Civil Veterinary Department Bihar & Orissa reports 1911-21 - 1911-1921
Year: 1911
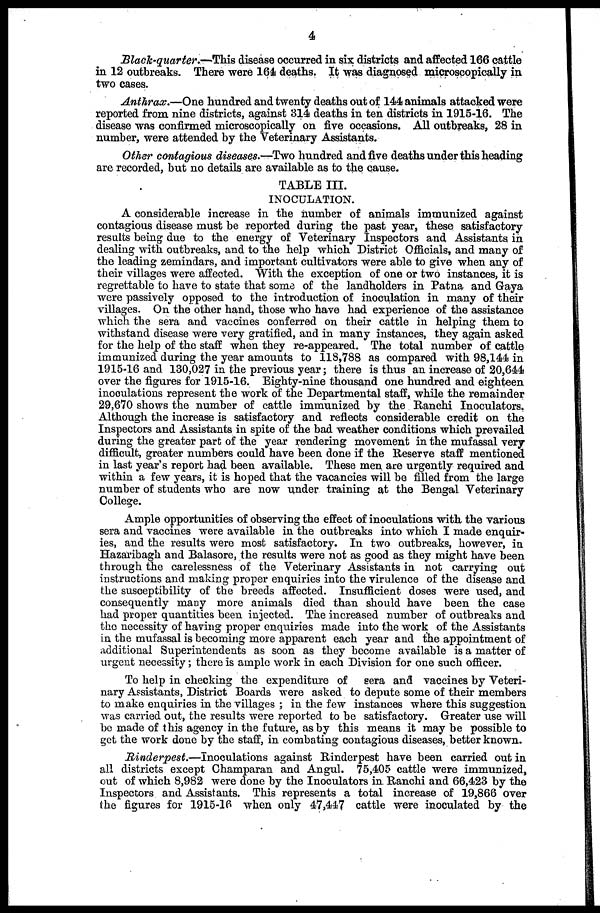
4
Black-quarter.—This
disease occurred in six districts and affected 166 cattle
in 12 outbreaks. There were 161 deaths. It was diagnosed microscopically in
two cases.
Anthrax.—One
hundred and twenty deaths out of 144 animals attacked were
reported from nine districts, against 314 deaths in ten districts in 1915-16. The
disease was confirmed microscopically on five occasions. All outbreaks, 28 in
number, were attended by the Veterinary Assistants.
Other contagious diseases.—Two hundred and five deaths under this heading
arc recorded, but no details are available as to the cause.
TABLE III.
INOCULATION.
A considerable increase in the number of animals immunized against
contagious disease must be reported during the past year, these satisfactory
results being due to the energy of Veterinary Inspectors and Assistants in
dealing with outbreaks, and to the help which District Officials, and many of
the leading zemindars, and important cultivators were able to give when any of
their villages were affected. With the exception of one or two instances, it is
regrettable to have to state that some of the landholders in Patna and Gaya
were passively opposed to the introduction of inoculation in many of their
villages. On the other hand, those who have had experience of the assistance
which the sera and vaccines conferred on their cattle in helping them to
withstand disease were very gratified, and in many instances, they again asked
for the help of the staff when they re-appeared. The total number of cattle
immunized during the year amounts to 118,788 as compared with 98,144 in
1915-16 and 130,027 in the previous year; there is thus an increase of 20,644
over the figures for 1915-16. Eighty-nine thousand one hundred and eighteen
inoculations represent the work of the Departmental staff, while the remainder
29,670 shows the number of cattle immunized by the Ranchi Inoculators.
Although the increase is satisfactory and reflects considerable credit on the
Inspectors and Assistants in spite of the bad weather conditions which prevailed
during the greater part of the year rendering movement in the mufassal very
difficult, greater numbers could have been done if the Reserve staff mentioned
in last year's report had been available. These men are urgently required and
within a few years, it is hoped that the vacancies will be filled from the large
number of students who are now under training at the Bengal Veterinary
College.
Ample opportunities of observing the effect of inoculations with the various
sera and vaccines were available in the outbreaks into which I made enquir-
ies, and the results were most satisfactory. In two outbreaks, however, in
Hazaribagh and Balasore, the results were not as good as they might have been
through the carelessness of the Veterinary Assistants in not carrying out
instructions and making proper enquiries into the virulence of the disease and
the susceptibility of the breeds affected. Insufficient doses were used, and
consequently many more animals died than should have been the case
had proper quantities been injected. The increased number of outbreaks and
the necessity of having proper enquiries made into the work of the Assistants
in the mufassal is becoming move apparent each year and the appointment of
additional Superintendents as soon as they become available is a matter of
urgent necessity; there is ample work in each Division for one such officer.
To help in checking the expenditure of sera and vaccines by Veteri-
nary Assistants, District Boards were asked to depute some of their members
to make enquiries in the villages ; in the few instances where this suggestion
was carried out, the results were reported to be satisfactory. Greater use will
be made of this agency in the future, as by this means it may be possible to
get the work done by the staff, in combating contagious diseases, better known.
Rinderpest.—Inoculations
against Rinderpest have been carried out in
all districts except Champaran and Angul. 75,405 cattle were immunized,
out of which 8,982 were done by the Inoculators in Ranchi and 66,423 by the
Inspectors and Assistants. This represents a total increase of 19,866 over
the figures for 1915-16 when only 47,447 cattle were inoculated by the